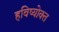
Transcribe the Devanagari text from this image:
हविष्योक्त